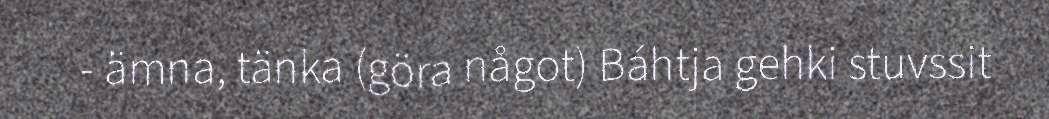
- ämna, tänka (göra något) Báhtja gehki stuvssit